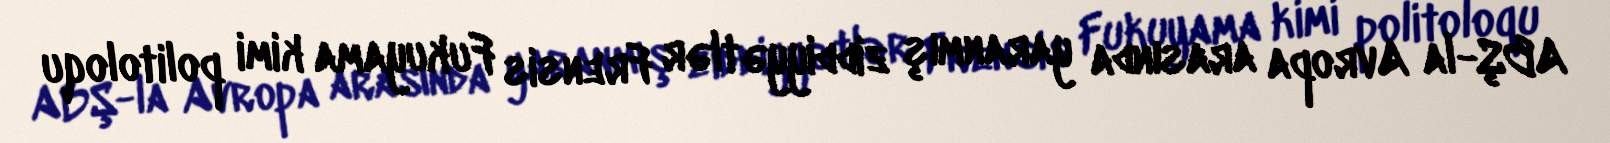
ABŞ-la Avropa arasında yaranmış ziddiyyətlər Frensis Fukuyama kimi politoloqu